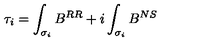
\tau _ { i } = \int _ { \sigma _ { i } } B ^ { R R } + i \int _ { \sigma _ { i } } B ^ { N S }